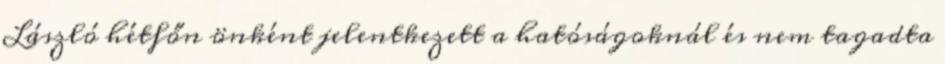
László hétfőn önként jelentkezett a hatóságoknál és nem tagadta